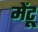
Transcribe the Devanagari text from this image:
मेंटू